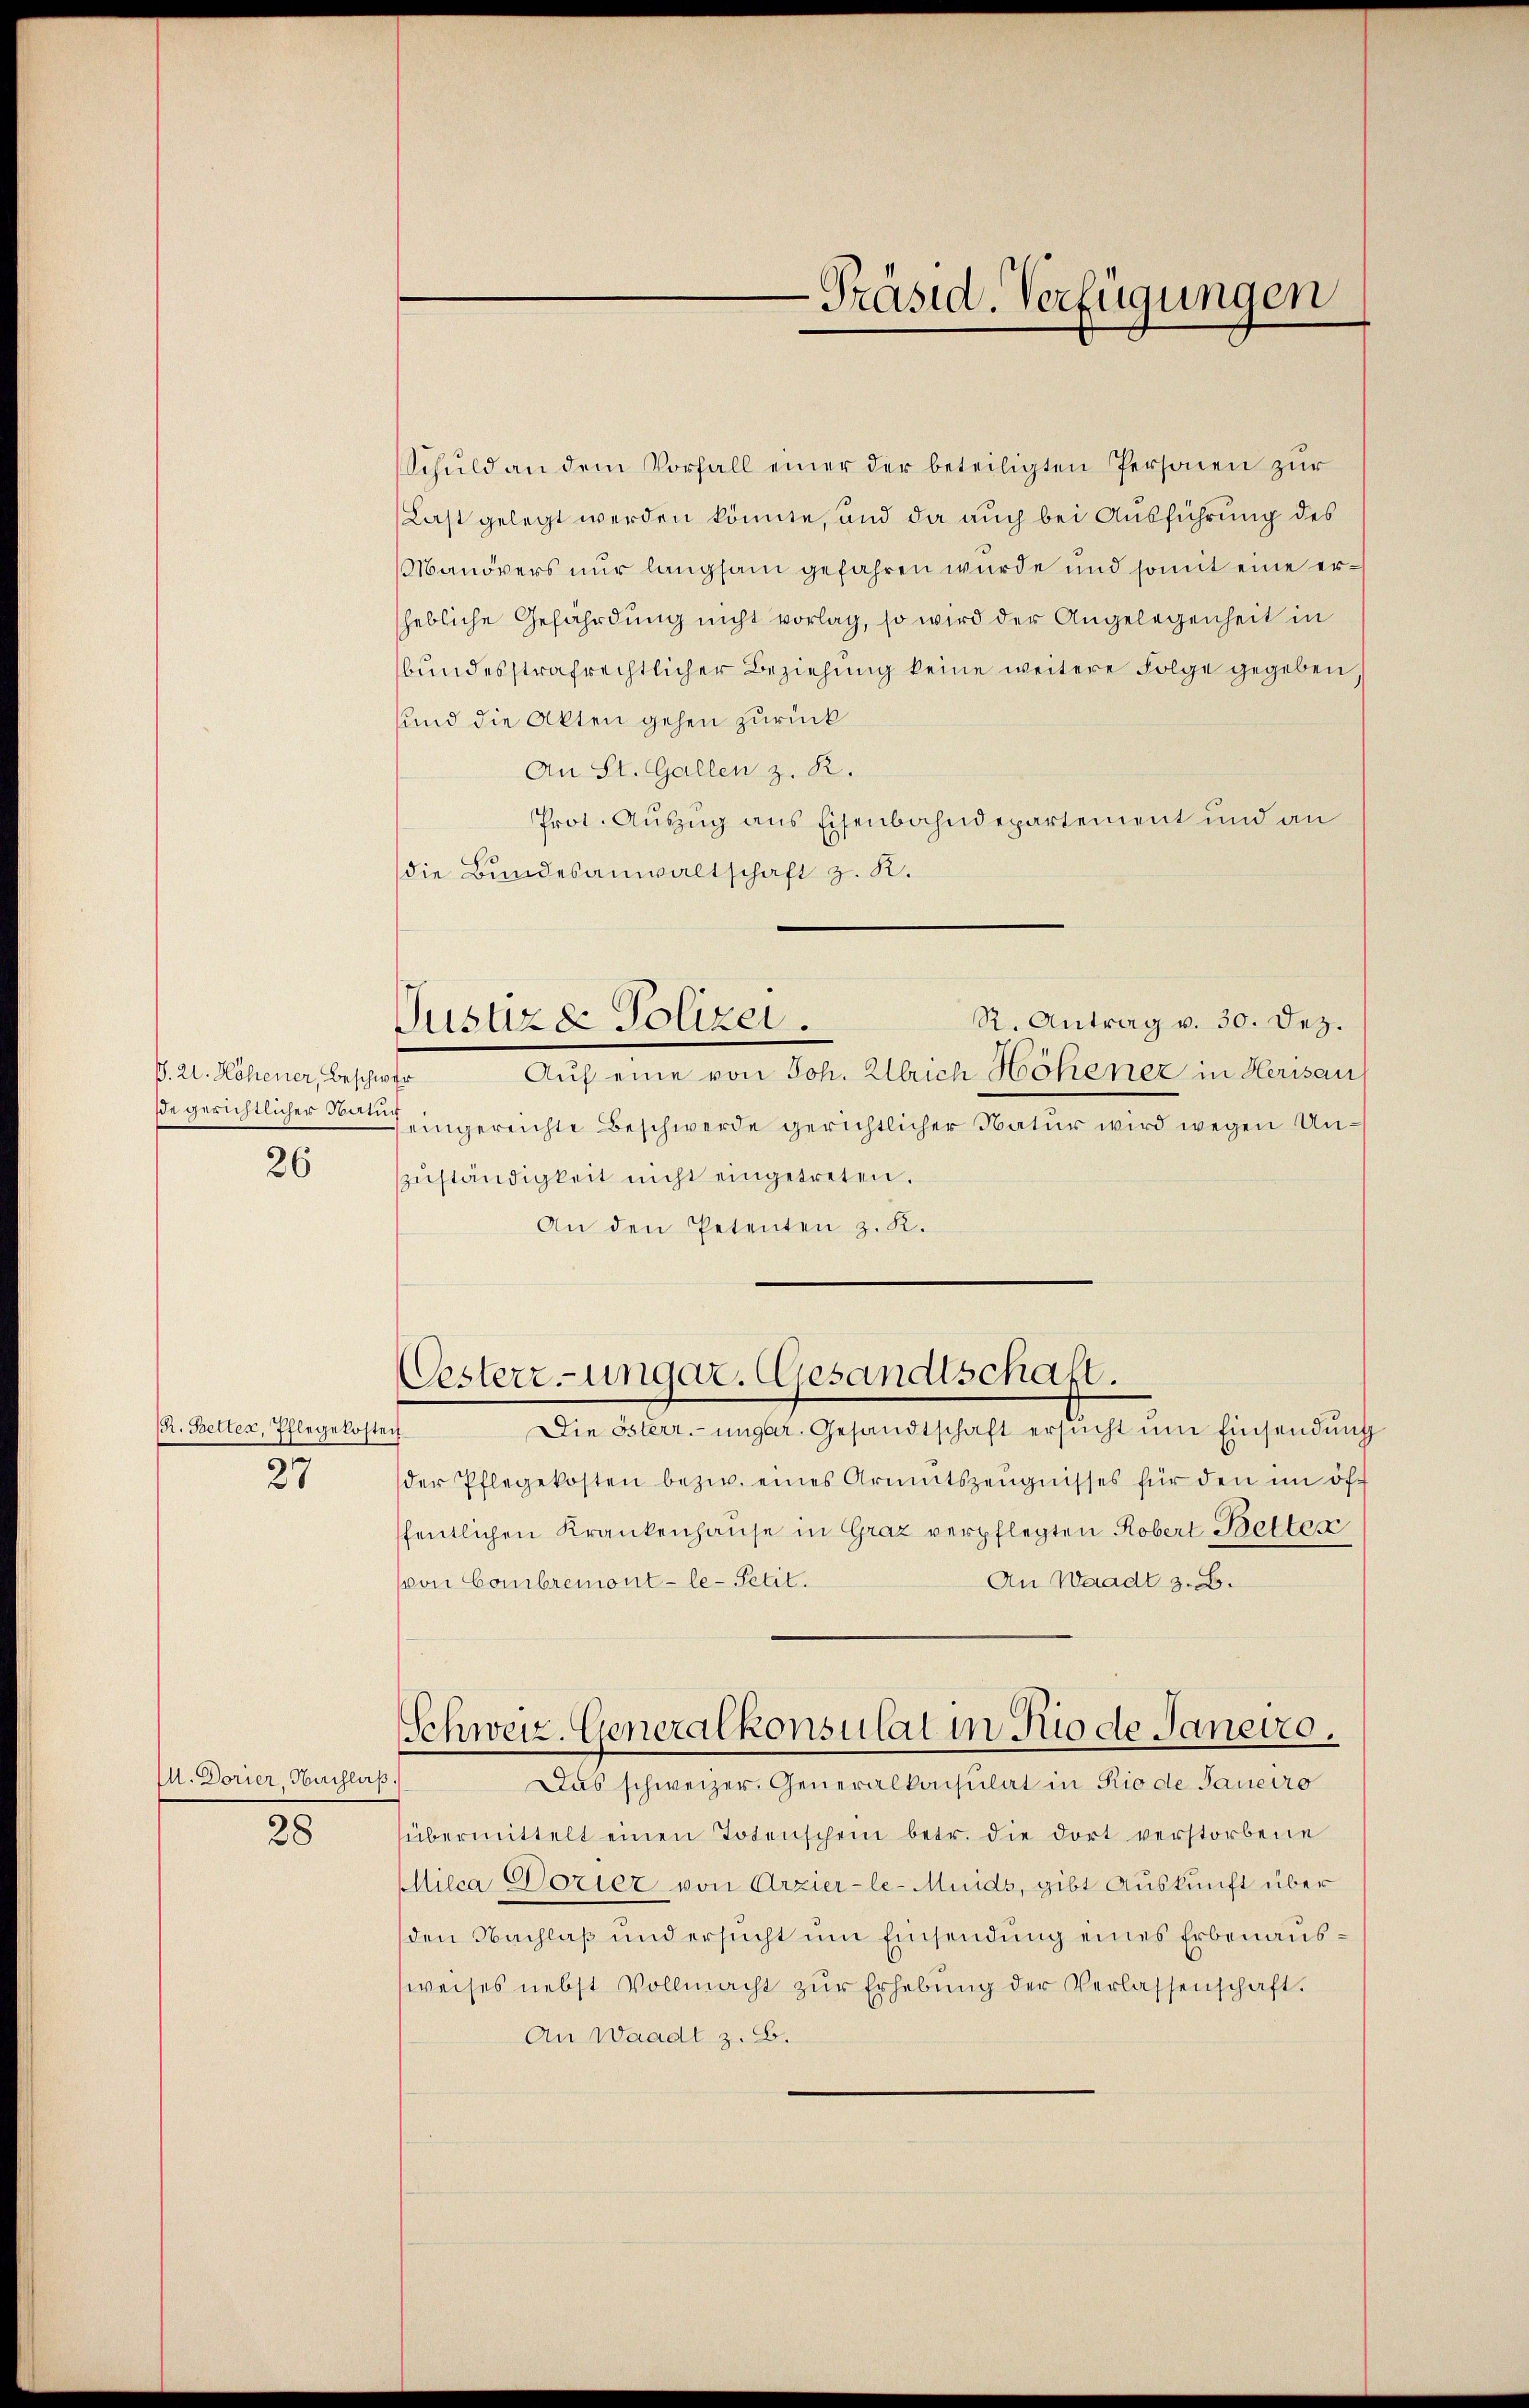
V. 21. Höhener, Beschwer
26

1. Better, Pflegekosten
27

M. Dorier, Nachlaß

28

Justiz & Polizei.

Schuld an dem Vorfall einer der beteiligten Personen zur
(Last gelegt werden könnte, und da auch bei Ausführung des
Manövers nur langsam gefahren wurde und somit eine erhebliche Gefährdung nicht vorlag, so wird der Angelegenheit in
bundesstrafrechtlicher Beziehung keine weitere Folge gegeben,
sund die Akten gehen zurück
An St. Gallen z. R.
Prot. Auszug aus Eisenbahndepartement und an
die Bundesanwaltschaft z. R.
R. Antrag v. 30. Dez.
Auf eine von Joh. Ullrich Hohener in Herisau
de gerichtlicher den eingereichte Beschwerde gerichtlicher Natur wird wegen Unzŭständigkeit nicht eingetreten.
An den Petenten z. K.
Oesterz-ungar. Gesandtschaft.
Die Osterr.-ungar. Gesandtschaft ersŭcht ŭm Einsendŭng
der Pflegekosten bezw. eines Armutszeŭgnisses für den im öff
ffentlichen Krankenhause in Graz verpflegten Robert Betten
von Cambremont-le-Petit.
An Waadt z. B.
Schweiz. Generalkonsulat in Rio de Janeiro.
Das schweizer. Generalkonsulat in Rio de Sauerro
übermittelt einen Totenschein betr. die dort verstorbene
Milca Dozier von Arzier-le-Muids, gibt Auskunft über
den Nachlaß und ersucht um Einsendung eines Erbenaussweises nebst Vollmacht zŭr Erhebŭng der Verlassenschaft.
An Waadt z. B.

-Präsid. Verfügungen